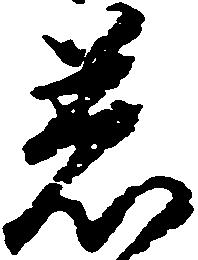
着